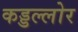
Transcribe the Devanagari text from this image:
कड्डल्लोर